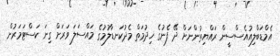
އެމްޑަބްލިއުއެސްސީން ރައްޔިތުންނަށް ދޭ ފެނުގެ ޚިދުމަތް މެދުކަނޑާލުމުގެ މައްސަލަ ވަރަށް ގިނަ ކަސްޓަމަރުން